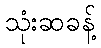
သုံးဆခန့်